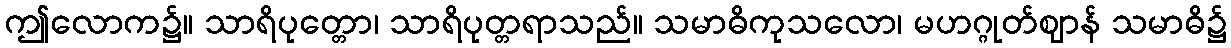
ဤလောက၌။ သာရိပုတ္တော၊ သာရိပုတ္တရာသည်။ သမာဓိကုသလော၊ မဟဂ္ဂုတ်ဈာန် သမာဓိ၌